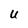
Character: U